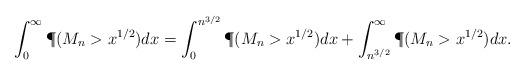
LaTeX: \begin{align*}\int_0^{\infty} \P(M_n > x^{1/2}) dx = \int_0^{n^{3/2}} \P(M_n > x^{1/2})dx + \int_{n^{3/2}}^{\infty} \P(M_n > x^{1/2})dx.\end{align*}